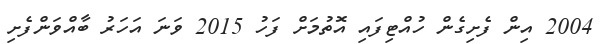
2004 އިން ފެށިގެން ހުއްޓިފައި އޮތުމަށް ފަހު 2015 ވަނަ އަހަރު ބާއްވަންފެށި